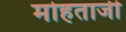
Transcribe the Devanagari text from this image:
मोहताजी